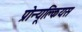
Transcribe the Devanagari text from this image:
प्रोन्यूक्लियस